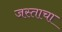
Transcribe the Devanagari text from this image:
जस्ताचा